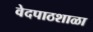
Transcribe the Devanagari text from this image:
वेदपाठशाळा